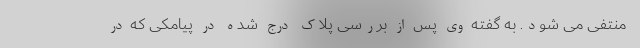
منتفی می شود. به گفته وی پس از بررسی پلاک درج شده در پیامکی که در